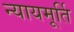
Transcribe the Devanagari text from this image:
न्‍यायमूर्ति